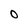
Character: O